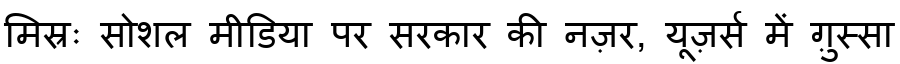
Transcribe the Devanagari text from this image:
मिस्रः सोशल मीडिया पर सरकार की नज़र, यूज़र्स में ग़ुस्सा